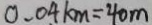
0 . 0 4 k m = 4 0 m